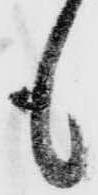
も